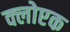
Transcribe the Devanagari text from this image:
क्लोएक